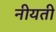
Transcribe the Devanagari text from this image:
नीयती